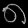
Digit: ၈